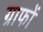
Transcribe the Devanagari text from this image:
ग्राफों